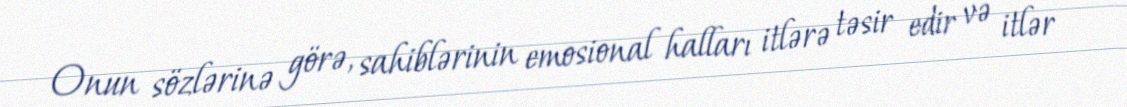
Onun sözlərinə görə, sahiblərinin emosional halları itlərə təsir edir və itlər